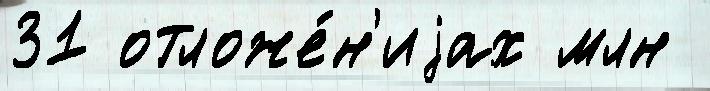
31 отложе́н'иjах млн